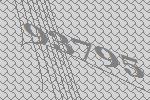
93795